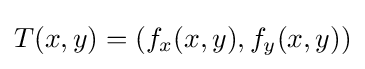
T(x,y)=\left(f_{x}(x,y),f_{y}(x,y)\right)